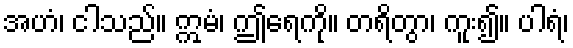
အဟံ၊ ငါသည်။ ဣမံ၊ ဤရေကို။ တရိတွာ၊ ကူး၍။ ပါရံ၊